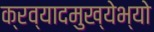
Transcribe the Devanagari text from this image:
क्रव्यादमुख्येभ्यो